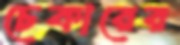
চেকারের